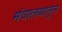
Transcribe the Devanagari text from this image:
मंत्रालयातून